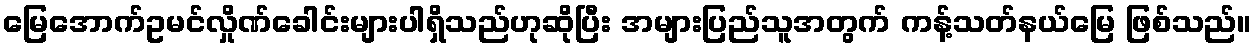
မြေအောက်ဥမင်လှိုဏ်ခေါင်းများပါရှိသည်ဟုဆိုပြီး အများပြည်သူအတွက် ကန့်သတ်နယ်မြေ ဖြစ်သည်။